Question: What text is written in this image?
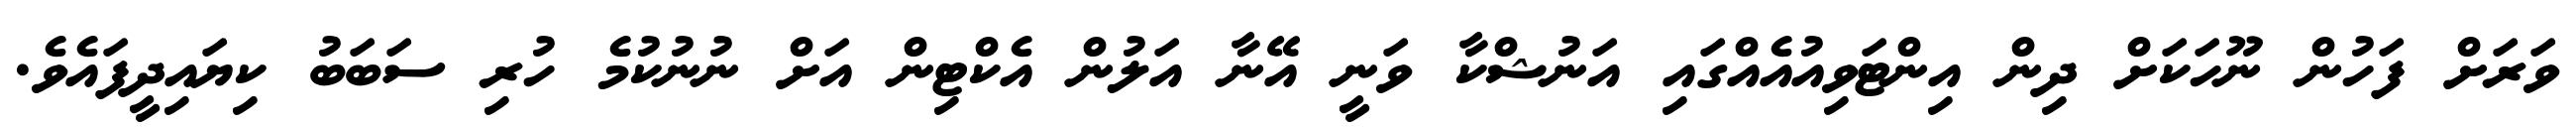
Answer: ވަރަށް ފަހުން ނޫހަކަށް ދިން އިންޓަވިއުއެއްގައި އަނުޝްކާ ވަނީ އޭނާ އަލުން އެކްޓިން އަށް ނުނުކުމެ ހުރި ސަބަބު ކިޔައިދީފައެވެ.